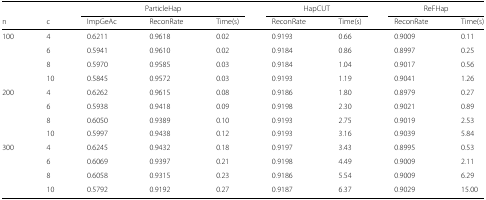
|  | <COLSPAN=3> ParticleHap | <COLSPAN=2> HapCUT | <COLSPAN=2> ReFHap |  |
 | n | c | ImpGeAc | ReconRate | Time(s) | ReconRate | Time(s) | ReconRate | Time(s) |
 | --- | --- | --- | --- | --- | --- | --- | --- | --- |
 | 100 | 4 | 0.6211 | 0.9618 | 0.02 | 0.9193 | 0.66 | 0.9009 | 0.11 |
 |  | 6 | 0.5941 | 0.9610 | 0.02 | 0.9184 | 0.86 | 0.8997 | 0.25 |
 |  | 8 | 0.5970 | 0.9585 | 0.03 | 0.9184 | 1.04 | 0.9017 | 0.56 |
 |  | 10 | 0.5845 | 0.9572 | 0.03 | 0.9193 | 1.19 | 0.9041 | 1.26 |
 | 200 | 4 | 0.6262 | 0.9615 | 0.08 | 0.9186 | 1.80 | 0.8979 | 0.27 |
 |  | 6 | 0.5938 | 0.9418 | 0.09 | 0.9198 | 2.30 | 0.9021 | 0.89 |
 |  | 8 | 0.6050 | 0.9389 | 0.10 | 0.9193 | 2.75 | 0.9019 | 2.53 |
 |  | 10 | 0.5997 | 0.9438 | 0.12 | 0.9193 | 3.16 | 0.9039 | 5.84 |
 | 300 | 4 | 0.6245 | 0.9432 | 0.18 | 0.9197 | 3.43 | 0.8995 | 0.53 |
 |  | 6 | 0.6069 | 0.9397 | 0.21 | 0.9198 | 4.49 | 0.9009 | 2.11 |
 |  | 8 | 0.6058 | 0.9315 | 0.23 | 0.9186 | 5.54 | 0.9009 | 6.29 |
 |  | 10 | 0.5792 | 0.9192 | 0.27 | 0.9187 | 6.37 | 0.9029 | 15.00 |